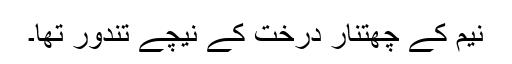
نیم کے چھتنار درخت کے نیچے تندور تھا۔